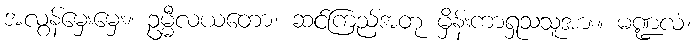
အလွန်မှေးမှေး။ ဥမ္မီလယတော၊ ဆင်ကြည့်အတု မှိန်းကာရှုသသူအား။ မဏ္ဍလံ၊